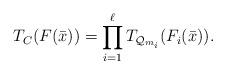
LaTeX: \begin{align*}T_C(F(\bar x))=\prod_{i=1}^\ell T_{\mathcal Q_{m_i}}(F_i(\bar x)).\end{align*}